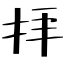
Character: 拝